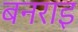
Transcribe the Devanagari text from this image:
बनराइ